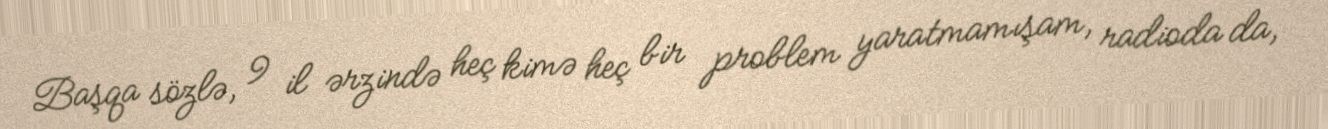
Başqa sözlə, 9 il ərzində heç kimə heç bir problem yaratmamışam, radioda da,